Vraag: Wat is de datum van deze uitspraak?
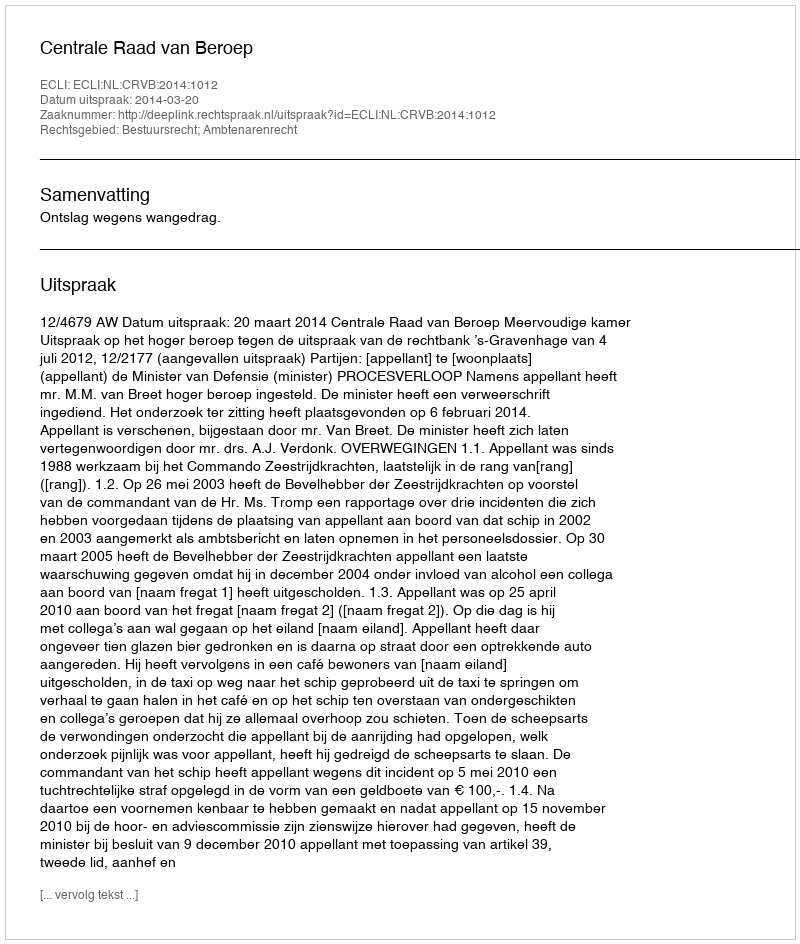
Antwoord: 2014-03-20